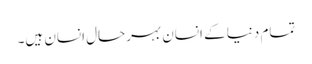
تمام دنیا کے انسان بہرحال انسان ہیں۔